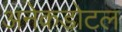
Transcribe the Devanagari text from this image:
अनेकडोटल